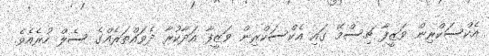
އެކްސަކްރިން ވަޒީފާ ޗިސްމޭ ގައި އެކްސަކްރިން ވަޒީފާ އަދާކުރާ ދެވައްތަރެއްގެ ސެލް ހުރެއެވެ.